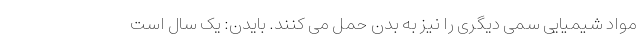
مواد شیمیایی سمی دیگری را نیز به بدن حمل می کنند. بایدن: یک سال است